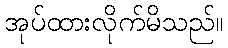
အုပ်ထားလိုက်မိသည်။